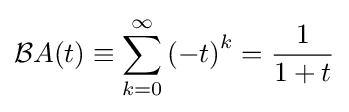
{\mathcal {B}}A(t)\equiv \sum _{k=0}^{\infty }\left(-t\right)^{k}={\frac {1}{1+t}}